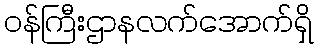
ဝန်ကြီးဌာနလက်အောက်ရှိ